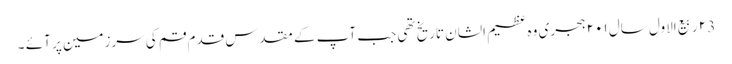
۲3 ربیع الاول سال ۲۰۱ ہجری وہ عظیم الشان تاریخ تھی جب آپ کے مقدس قدم قم کی سرزمین پر آئے ۔